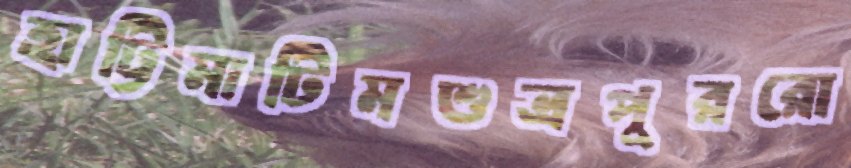
হাট্টিমাটিমশুভ্রপুররো